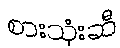
စားသုံးဆီ